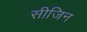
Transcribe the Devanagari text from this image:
सीजिन